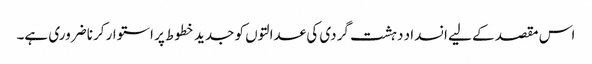
اس مقصد کے لیے انسداد دہشت گردی کی عدالتوں کو جدید خطوط پر استوار کرنا ضروری ہے۔